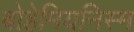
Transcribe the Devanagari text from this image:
बोहेमियनिस्म